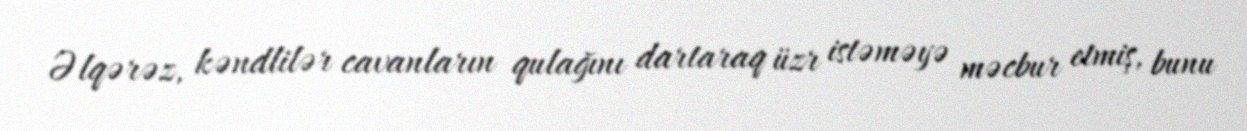
Əlqərəz, kəndlilər cavanların qulağını dartaraq üzr istəməyə məcbur etmiş, bunu